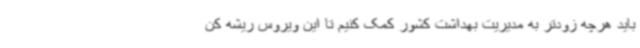
باید هرچه زودتر به مدیریت بهداشت کشور کمک کنیم تا این ویروس ریشه کن